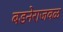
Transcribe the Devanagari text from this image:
बडनेराजवळ